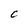
Character: C